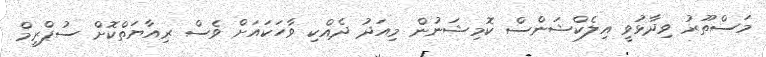
މަސްތޫރު ވިދާޅުވީ އިލެކްޝަންސް ކޮމިޝަނުން މިއަދު ދެއްކި ވާހަކައަށް ވެސް ރިއާޔަތްކޮށް ސުޕްރީމް